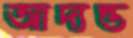
আদ্যন্ত